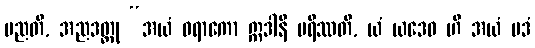
မညတိ, အညဒတ္ထု “အယံ ဝရာကော ဣဒါနိ မရိဿတိ, ယံ ယဒေဝ ဟိ အယံ ပဒံ